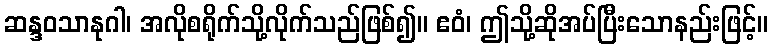
ဆန္ဒဝသာနုဂါ၊ အလိုစရိုက်သို့လိုက်သည်ဖြစ်၍။ ဧဝံ၊ ဤသို့ဆိုအပ်ပြီးသောနည်းဖြင့်။